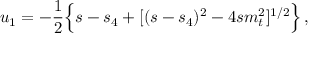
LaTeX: u _ { 1 } = - \frac { 1 } { 2 } \Big \{ s - s _ { 4 } + [ ( s - s _ { 4 } ) ^ { 2 } - 4 s m _ { t } ^ { 2 } ] ^ { 1 / 2 } \Big \} \, ,